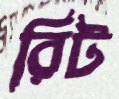
রিট